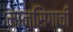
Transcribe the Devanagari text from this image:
मानसिंगाची